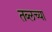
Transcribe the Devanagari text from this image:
तब्लच्या